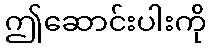
ဤဆောင်းပါးကို